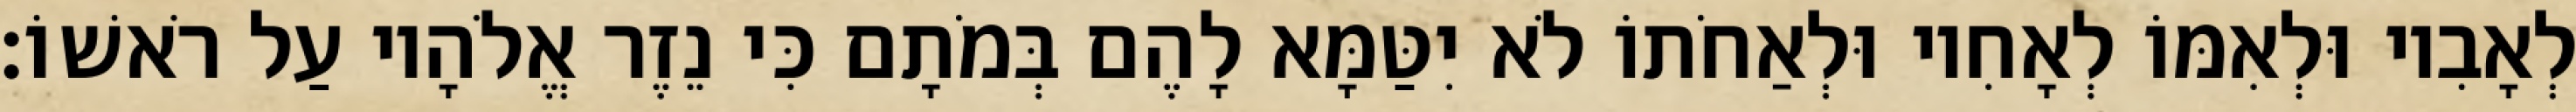
לְאָבִיו וּלְאִמּוֹ לְאָחִיו וּלְאַחֹתוֹ לֹא יִטַּמָּא לָהֶם בְּמֹתָם כִּי נֵזֶר אֱלֹהָיו עַל רֹאשׁוֹ׃